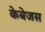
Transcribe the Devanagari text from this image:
केबेजस